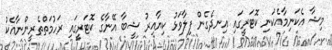
މިޝާ އެކަނިމާއެކަނި ކޮޓަރީގައި އިނދެގެން ފިލާވަޅު ކިޔާއިރު ޝީބާ އޭނާގެ ކޮޓަރީގައި ރަހުމަތްތެރީންނާއެކު